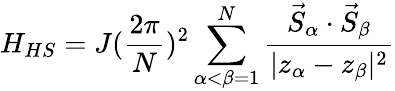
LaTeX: H_{HS}=J(\frac{2\pi}{N})^{2}\sum_{\alpha<\beta=1}^{N}\frac{\vec{S}_{\alpha}\cdot\vec{S}_{\beta}}{|z_{\alpha}-z_{\beta}|^{2}}